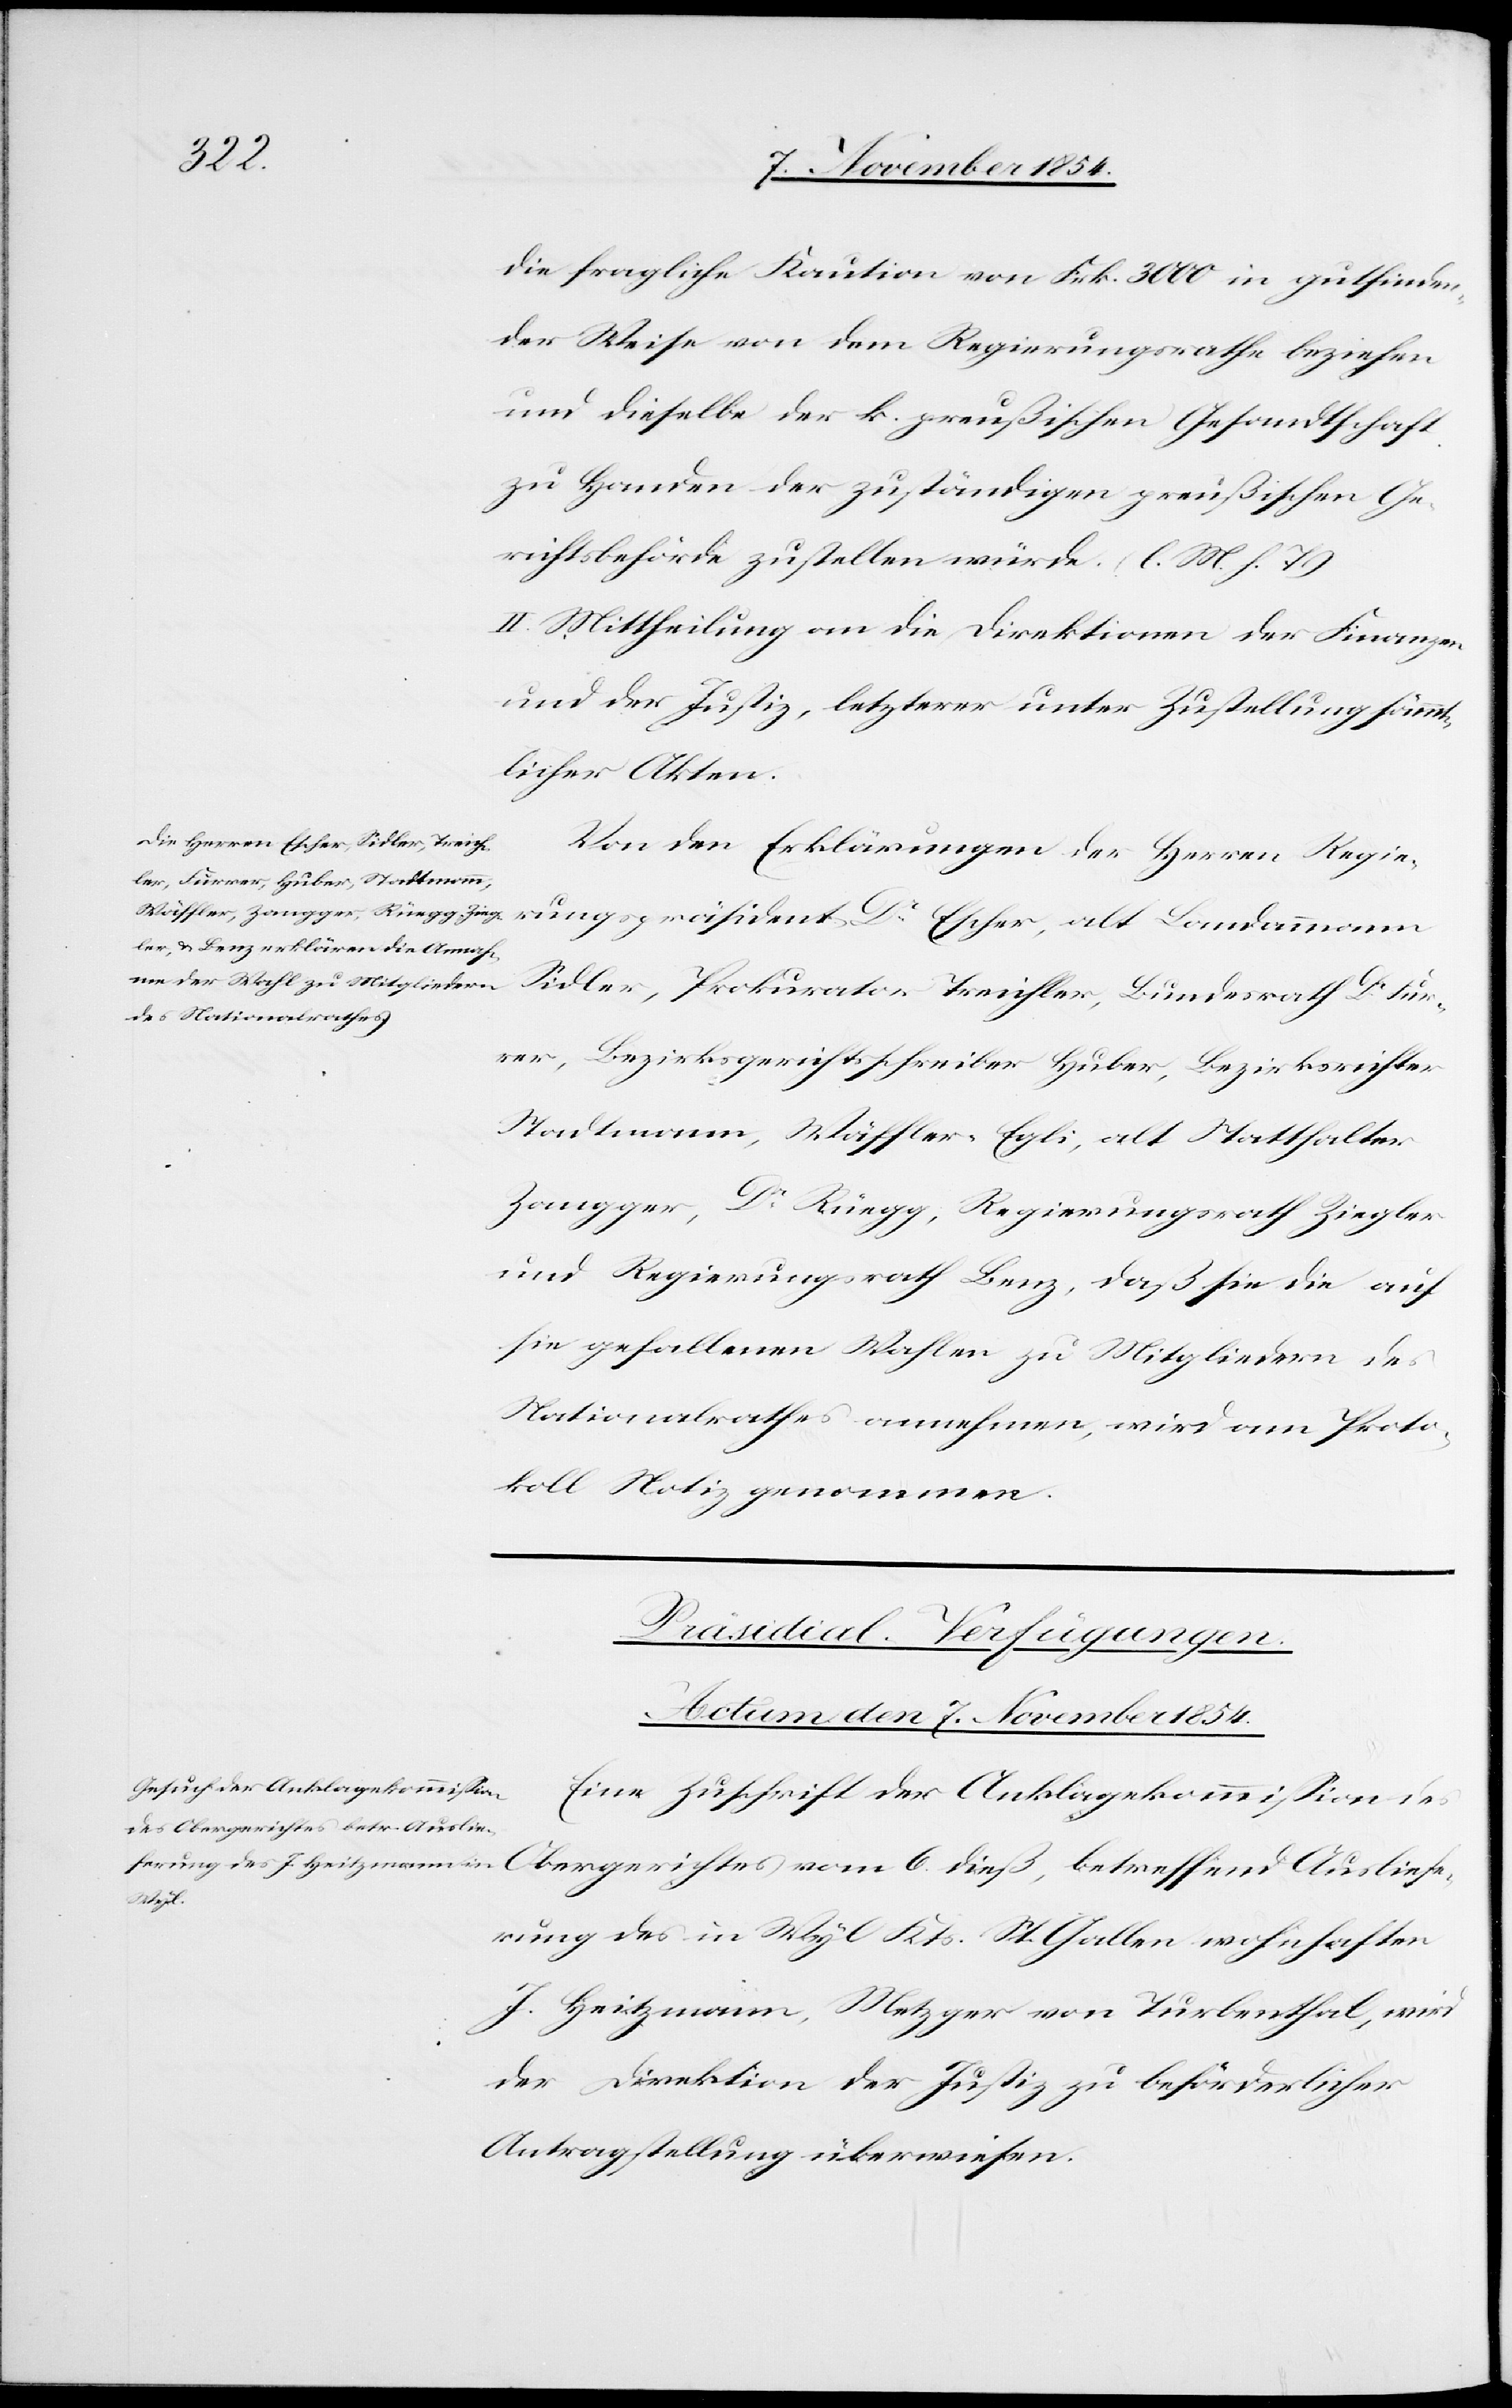
die fragliche Kaution von Frk. 3000 in gutfinden¬
der Weise von dem Regierungsrathe beziehen
und dieselbe der k. preußischen Gesandtschaft
zu Handen der zuständigen preußischen Ge¬
richtsbehörde zustellen würde. (l. M. h. T.)
II. Mittheilung an die Direktionen der Finanzen
und der Justiz, letzterer unter Zustellung sämmt¬
licher Akten.
Von den Erklärungen der Herren Regie¬
rungspräsident Dr Escher, alt Landammann
Sidler, Prokurator Treichler, Bundesrath Dr Fur¬
rer, Bezirksgerichtsschreiber Huber, Bezirksrichter
Stadtmann, Wäffler-Egli, alt Statthalter
Zangger, Regierungsrath Benz, daß sie die auf
sie gefallenen Wahlen zu Mitgliedern des
Nationalrathes annehmen, wird am Proto¬
koll Notiz genommen.
Präsidial-Verfügungen.
Actum den 7. November 1854.
Eine Zuschrift der Anklagekommißion des
Ausliefe¬
rung des in Wyl Kts. St. Gallen wohnhaften
J. Heitzmann, Metzger von Turbenthal, wird
der Direktion der Justiz zu beförderlicher
Antragstellung überwiesen.